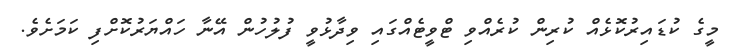
މީގެ ކުޑައިރުކޮޅެއް ކުރިން ކުރެއްވި ޓްވީޓެއްގައި ވިދާޅުވީ ފުލުހުން އޭނާ ހައްޔަރުކޮށްފި ކަމަށެވެ.